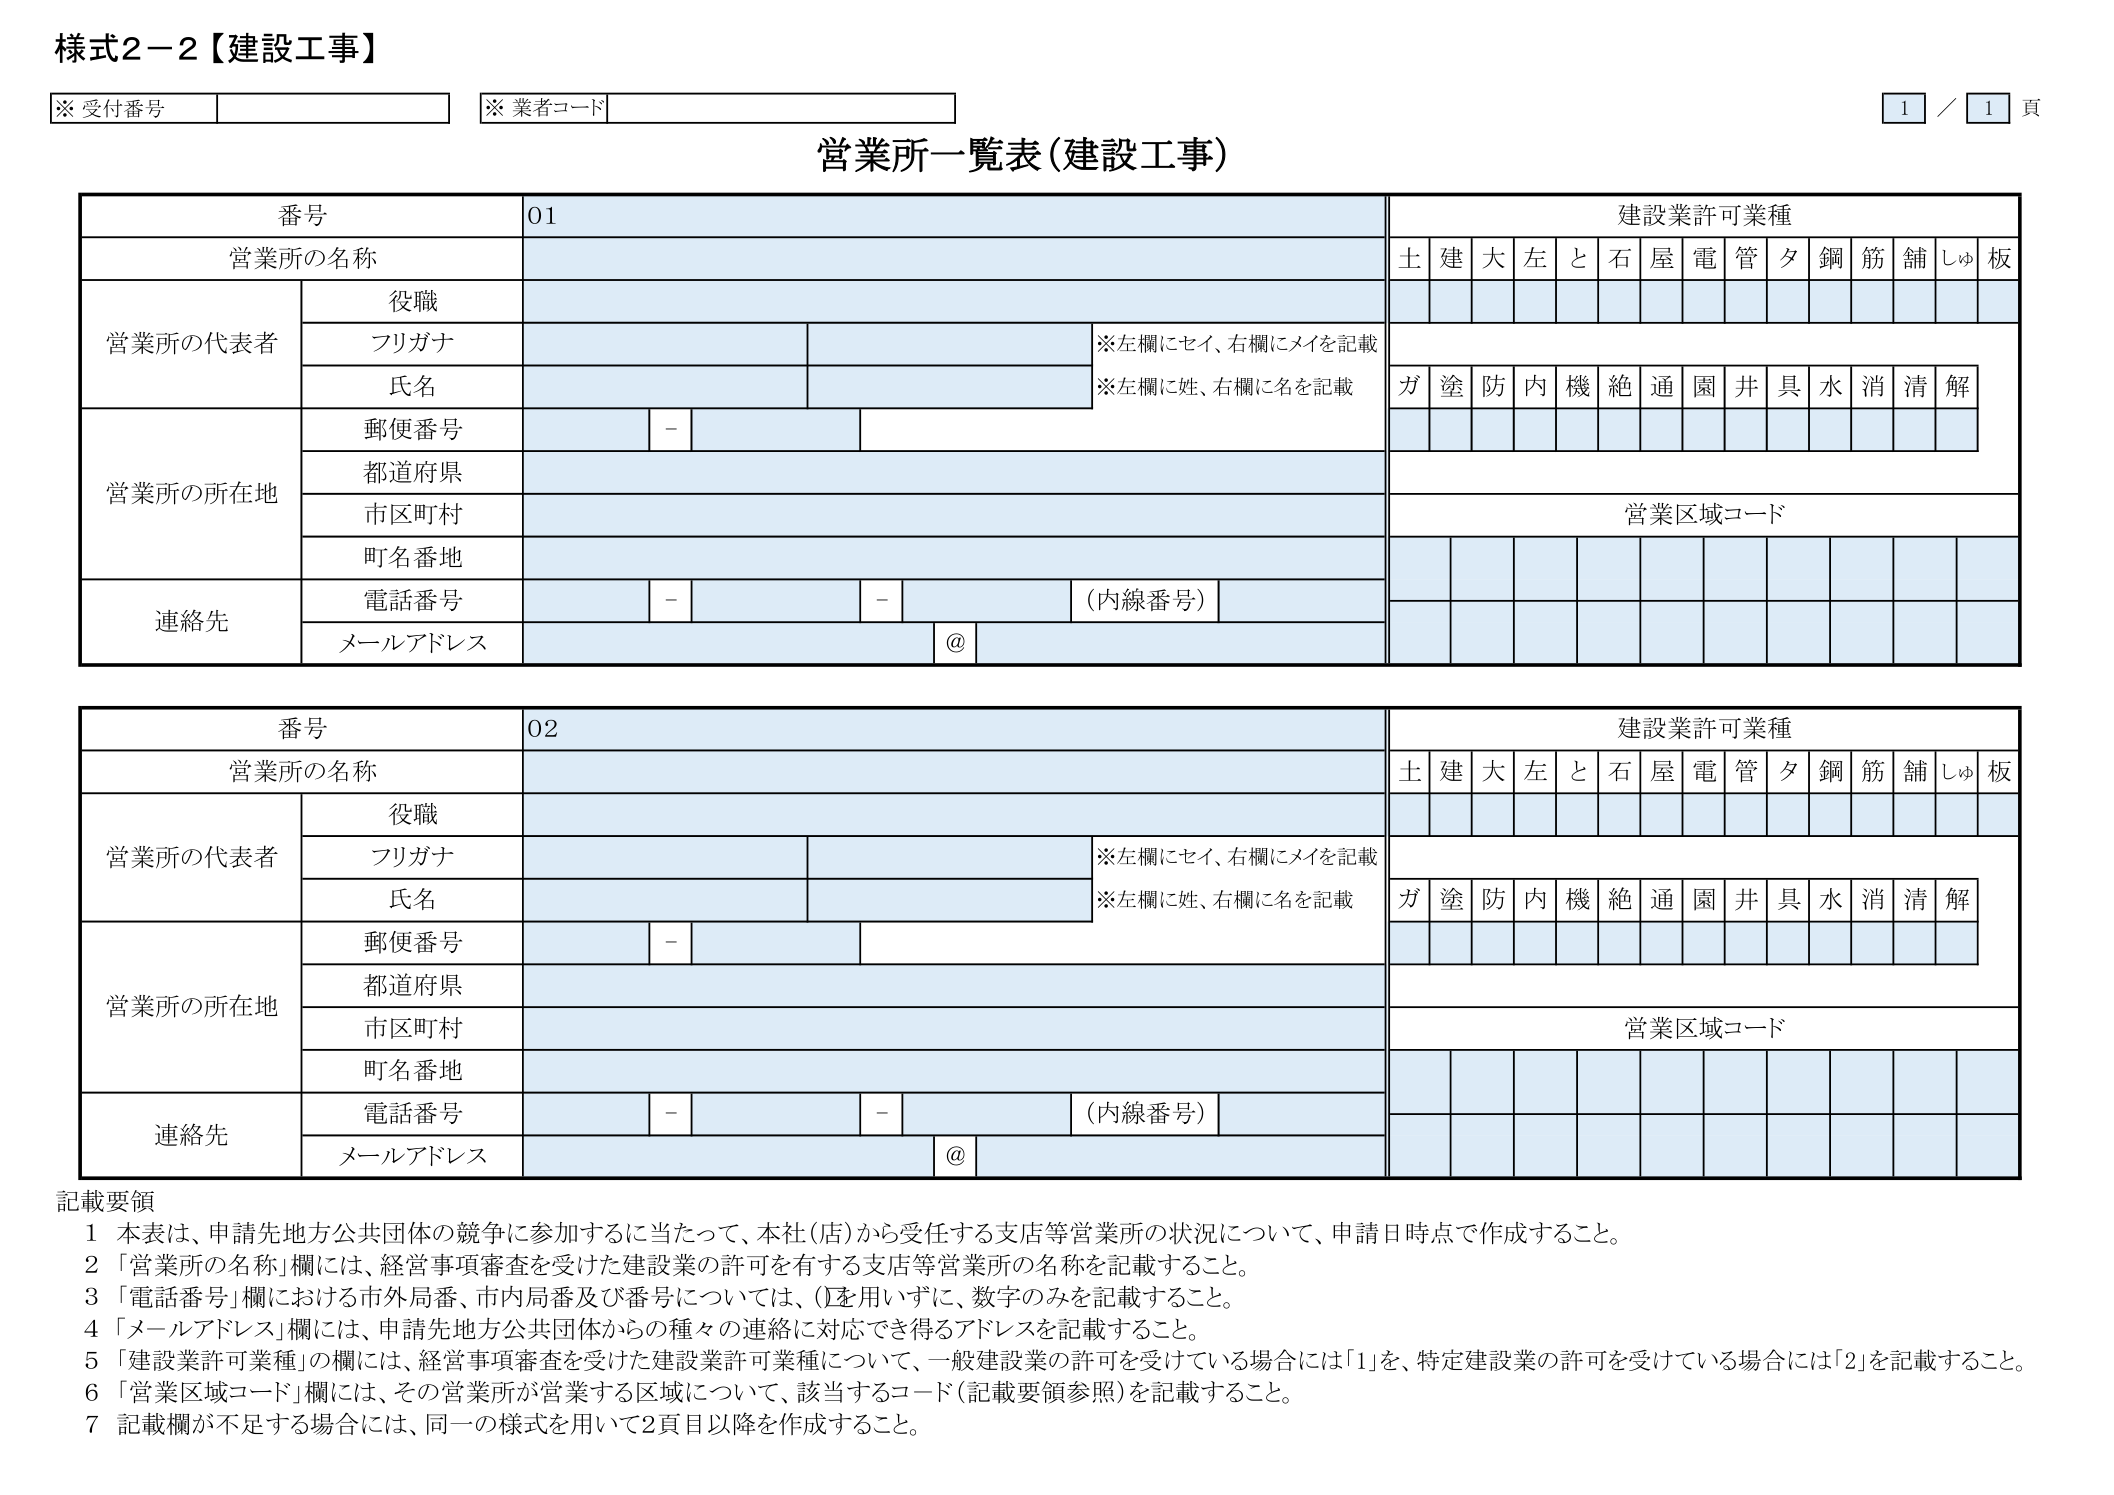
様式2-2【建設工事】

※受付番号
※業者コード

1 / 1 頁

営業所一覧表（建設工事）

番号 01
営業所の名称

建設業許可業種
土 建 大 左 と 石 屋 電 管 夕 鋼 筋 舗 しゅ 板

営業所の代表者
役職
フリガナ
※左欄にセイ、右欄にメイを記載
氏名
※左欄に姓、右欄に名を記載

ガ 塗 防 内 機 絶 通 園 井 具 水 消 清 解

営業所の所在地
郵便番号 -
都道府県
市区町村
町名番地

営業区域コード

連絡先
電話番号 - - （内線番号）
メールアドレス @

番号 02
営業所の名称

建設業許可業種
土 建 大 左 と 石 屋 電 管 夕 鋼 筋 舗 しゅ 板

営業所の代表者
役職
フリガナ
※左欄にセイ、右欄にメイを記載
氏名
※左欄に姓、右欄に名を記載

ガ 塗 防 内 機 絶 通 園 井 具 水 消 清 解

営業所の所在地
郵便番号 -
都道府県
市区町村
町名番地

営業区域コード

連絡先
電話番号 - - （内線番号）
メールアドレス @

記載要領
1 本表は、申請先地方公共団体の競争に参加するに当たって、本社（店）から受任する支店等営業所の状況について、申請日時点で作成すること。
2 「営業所の名称」欄には、経営事項審査を受けた建設業の許可を有する支店等営業所の名称を記載すること。
3 「電話番号」欄における市外局番、市内局番及び番号については、()を用いずに、数字のみを記載すること。
4 「メールアドレス」欄には、申請先地方公共団体からの種々の連絡に対応でき得るアドレスを記載すること。
5 「建設業許可業種」の欄には、経営事項審査を受けた建設業許可業種について、一般建設業の許可を受けている場合には「1」を、特定建設業の許可を受けている場合には「2」を記載すること。
6 「営業区域コード」欄には、その営業所が営業する区域について、該当するコード（記載要領参照）を記載すること。
7 記載欄が不足する場合は、同一の様式を用いて2頁目以降を作成すること。